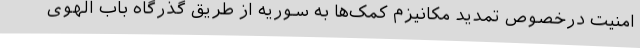
امنیت درخصوص تمدید مکانیزم‌ کمک‌ها به سوریه از طریق گذرگاه باب الهوی